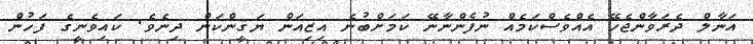
އަނާލް ދެރަވާންޖެހޭ އެއްވެސްކަމެއް ނުފެންނާނޭ ކަމަށްބުނެ އިޒިއަން ޔަޤީންކަން ދިނެވެ. ކައިވެނީގެ ފަހުން